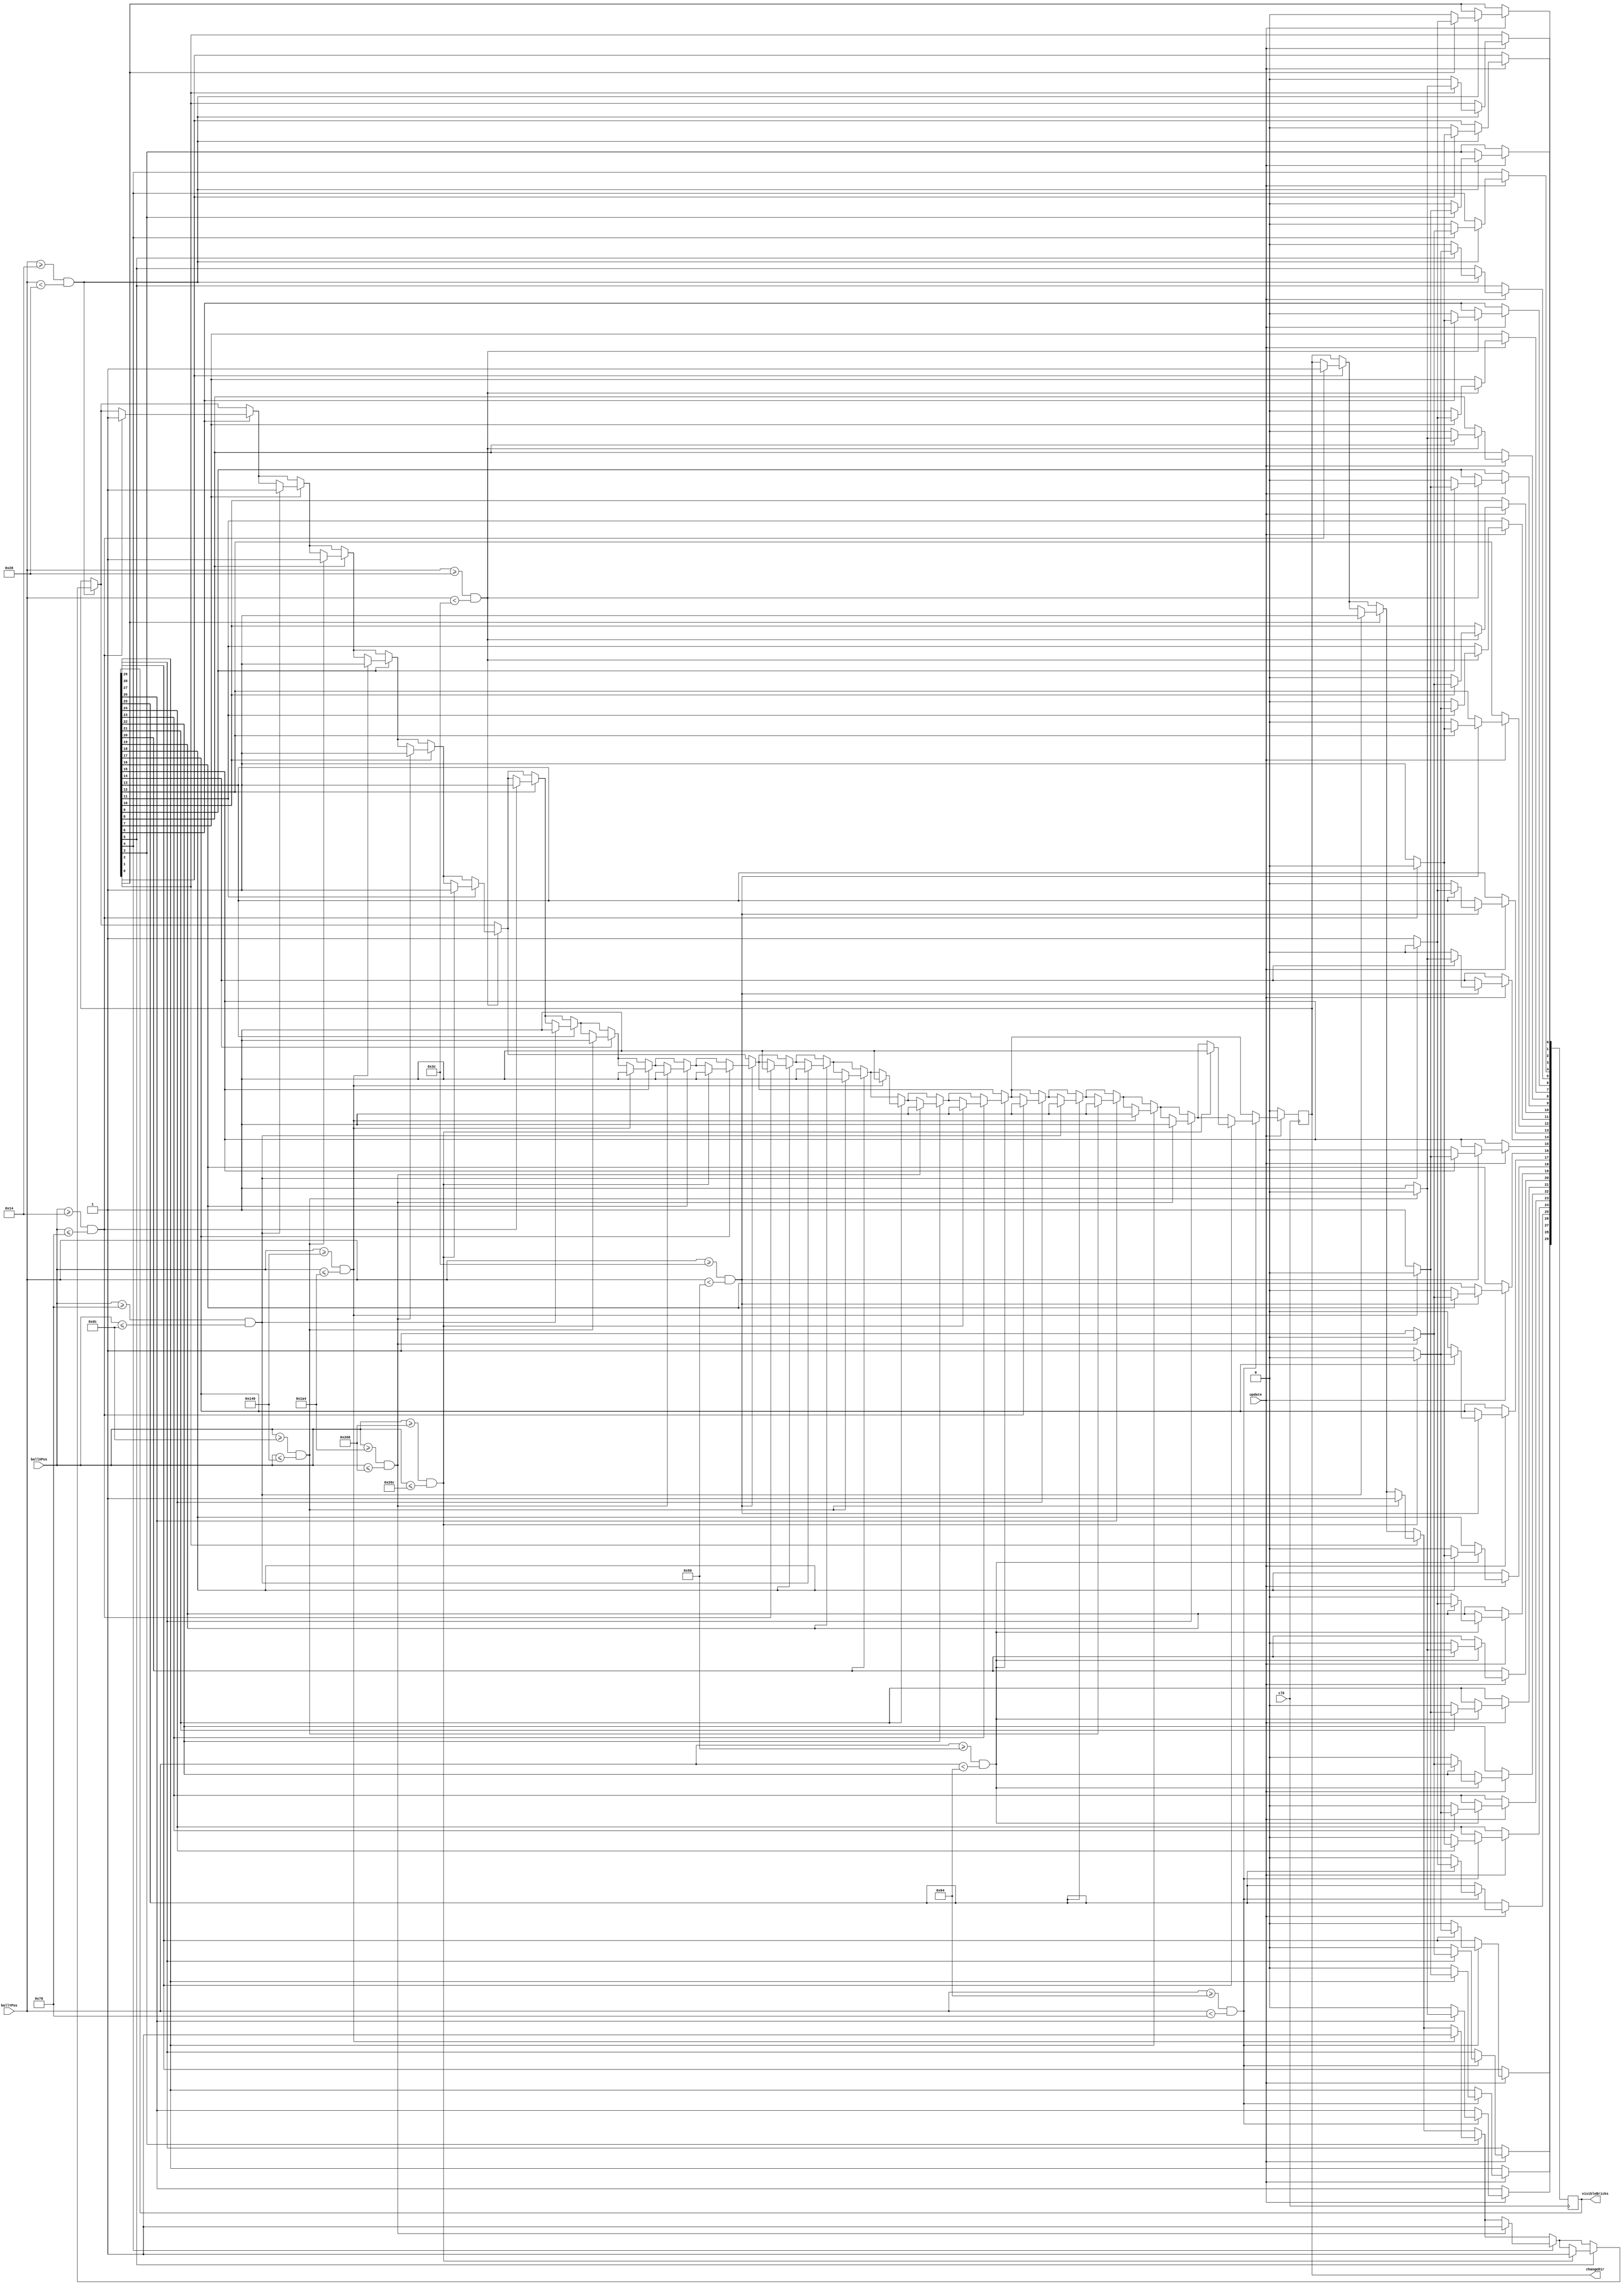
`timescale 1ns / 1ps
//////////////////////////////////////////////////////////////////////////////////
// Company: 
// Engineer: 
// 
// Design Name: 
// Module Name:    brickCollision 
// Project Name: 
// Target Devices: 
// Tool versions: 
// Description: 
//
// Dependencies: 
//
// Revision: 
// Revision 0.01 - File Created
// Additional Comments: 
//
//////////////////////////////////////////////////////////////////////////////////
module brickCollision(
		input clk,
		input update,
		input[9:0] ballXPos,
		input[9:0] ballYPos,
		output[29:0] visibleBricks,
		output reg changeDir
	);
	
	reg[29:0] visibleBricksReg;
	initial visibleBricksReg = 30'b111111111111111111111111111111;
	assign visibleBricks = visibleBricksReg;
	always @(posedge clk) begin 
		if(update) begin 
			if((ballYPos>=20)&&(ballYPos<40)) begin 
				if(visibleBricksReg[0]) begin 
					if((ballXPos>=20)&&(ballXPos<=120)) begin 
						changeDir <= 1;
						visibleBricksReg[0] <= 0;
					end
				end
				if(visibleBricksReg[1]) begin 
					if((ballXPos>=120)&&(ballXPos<=220)) begin 
						changeDir <= 1;
						visibleBricksReg[1] <= 0;
					end
				end
				if(visibleBricksReg[2]) begin 
					if((ballXPos>=220)&&(ballXPos<=320)) begin 
						changeDir <= 1;
						visibleBricksReg[2] <= 0;
					end
				end
				if(visibleBricksReg[3]) begin 
					if((ballXPos>=320)&&(ballXPos<=420)) begin 
						changeDir <= 1;
						visibleBricksReg[3] <= 0;
					end
				end
				if(visibleBricksReg[4]) begin 
					if((ballXPos>=420)&&(ballXPos<=520)) begin 
						changeDir <= 1;
						visibleBricksReg[4] <= 0;
					end
				end
				if(visibleBricksReg[5]) begin 
					if((ballXPos>=520)&&(ballXPos<=620)) begin 
						changeDir <= 1;
						visibleBricksReg[5] <= 0;
					end
				end				
			end
			if((ballYPos>=40)&&(ballYPos<60)) begin 
				if(visibleBricksReg[6]) begin 
					if((ballXPos>=20)&&(ballXPos<=120)) begin 
						changeDir <= 1;
						visibleBricksReg[6] <= 0;
					end
				end
				if(visibleBricksReg[7]) begin 
					if((ballXPos>=120)&&(ballXPos<=220)) begin 
						changeDir <= 1;
						visibleBricksReg[7] <= 0;
					end
				end
				if(visibleBricksReg[8]) begin 
					if((ballXPos>=220)&&(ballXPos<=320)) begin 
						changeDir <= 1;
						visibleBricksReg[8] <= 0;
					end
				end
				if(visibleBricksReg[9]) begin 
					if((ballXPos>=320)&&(ballXPos<=420)) begin 
						changeDir <= 1;
						visibleBricksReg[9] <= 0;
					end
				end
				if(visibleBricksReg[10]) begin 
					if((ballXPos>=420)&&(ballXPos<=520)) begin 
						changeDir <= 1;
						visibleBricksReg[10] <= 0;
					end
				end
				if(visibleBricksReg[11]) begin 
					if((ballXPos>=520)&&(ballXPos<=620)) begin 
						changeDir <= 1;
						visibleBricksReg[11] <= 0;
					end
				end				
			end
			if((ballYPos>=60)&&(ballYPos<80)) begin 
				if(visibleBricksReg[12]) begin 
					if((ballXPos>=20)&&(ballXPos<=120)) begin 
						changeDir <= 1;
						visibleBricksReg[12] <= 0;
					end
				end
				if(visibleBricksReg[13]) begin 
					if((ballXPos>=120)&&(ballXPos<=220)) begin 
						changeDir <= 1;
						visibleBricksReg[13] <= 0;
					end
				end
				if(visibleBricksReg[14]) begin 
					if((ballXPos>=220)&&(ballXPos<=320)) begin 
						changeDir <= 1;
						visibleBricksReg[14] <= 0;
					end
				end
				if(visibleBricksReg[15]) begin 
					if((ballXPos>=320)&&(ballXPos<=420)) begin 
						changeDir <= 1;
						visibleBricksReg[15] <= 0;
					end
				end
				if(visibleBricksReg[16]) begin 
					if((ballXPos>=420)&&(ballXPos<=520)) begin 
						changeDir <= 1;
						visibleBricksReg[16] <= 0;
					end
				end
				if(visibleBricksReg[17]) begin 
					if((ballXPos>=520)&&(ballXPos<=620)) begin 
						changeDir <= 1;
						visibleBricksReg[17] <= 0;
					end
				end				
			end
			if((ballYPos>=80)&&(ballYPos<100)) begin 
				if(visibleBricksReg[18]) begin 
					if((ballXPos>=20)&&(ballXPos<=120)) begin 
						changeDir <= 1;
						visibleBricksReg[18] <= 0;
					end
				end
				if(visibleBricksReg[19]) begin 
					if((ballXPos>=120)&&(ballXPos<=220)) begin 
						changeDir <= 1;
						visibleBricksReg[19] <= 0;
					end
				end
				if(visibleBricksReg[20]) begin 
					if((ballXPos>=220)&&(ballXPos<=320)) begin 
						changeDir <= 1;
						visibleBricksReg[20] <= 0;
					end
				end
				if(visibleBricksReg[21]) begin 
					if((ballXPos>=320)&&(ballXPos<=420)) begin 
						changeDir <= 1;
						visibleBricksReg[21] <= 0;
					end
				end
				if(visibleBricksReg[22]) begin 
					if((ballXPos>=420)&&(ballXPos<=520)) begin 
						changeDir <= 1;
						visibleBricksReg[22] <= 0;
					end
				end
				if(visibleBricksReg[23]) begin 
					if((ballXPos>=520)&&(ballXPos<=620)) begin 
						changeDir <= 1;
						visibleBricksReg[23] <= 0;
					end
				end				
			end
			if((ballYPos>=100)&&(ballYPos<120)) begin 
				if(visibleBricksReg[24]) begin 
					if((ballXPos>=20)&&(ballXPos<=120)) begin 
						changeDir <= 1;
						visibleBricksReg[24] <= 0;
					end
				end
				if(visibleBricksReg[25]) begin 
					if((ballXPos>=120)&&(ballXPos<=220)) begin 
						changeDir <= 1;
						visibleBricksReg[25] <= 0;
					end
				end
				if(visibleBricksReg[26]) begin 
					if((ballXPos>=220)&&(ballXPos<=320)) begin 
						changeDir <= 1;
						visibleBricksReg[26] <= 0;
					end
				end
				if(visibleBricksReg[27]) begin 
					if((ballXPos>=320)&&(ballXPos<=420)) begin 
						changeDir <= 1;
						visibleBricksReg[27] <= 0;
					end
				end
				if(visibleBricksReg[28]) begin 
					if((ballXPos>=420)&&(ballXPos<=520)) begin 
						changeDir <= 1;
						visibleBricksReg[28] <= 0;
					end
				end
				if(visibleBricksReg[29]) begin 
					if((ballXPos>=520)&&(ballXPos<=620)) begin 
						changeDir <= 1;
						visibleBricksReg[29] <= 0;
					end
				end				
			end
		end else begin 
			changeDir <= 0;
		end
	end

endmodule